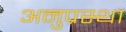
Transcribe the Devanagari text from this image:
अनुप्रस्था